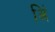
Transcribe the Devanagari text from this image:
अिं